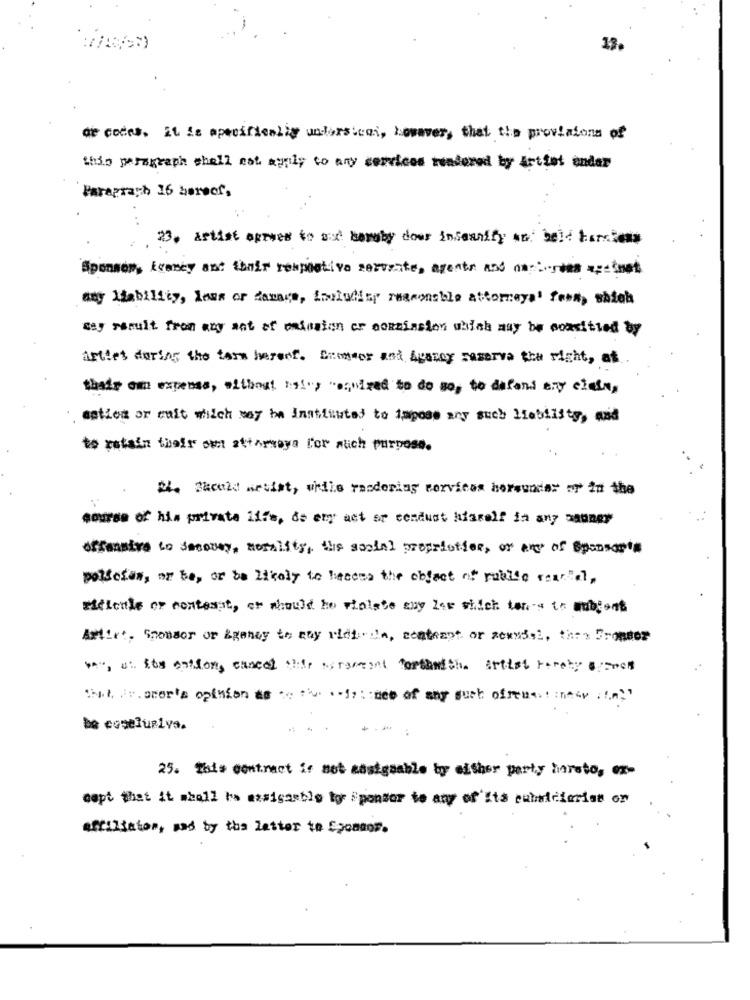
13.
de codes. it is specifically undersical, however, that the provisions of
this paragraph shall not apply to any services rendered by Artist under
Paragraph 16 hereof,
23. artist ourves to su baraby down insanity an bele Farebers
Sponsor, keeney ant their respective servente, agents and nordea apcfast
any liability, loss or damage, ioululiny reasonable attorneya' fenn, shieh
may result from any ant of omission er ookainsion which may be consified by
Artles during the term harenf. Grenser and Agancy reserva the right, at
their own expense, without is!"> "required to do so, to dafond ary clain,
astion or cuit which may be Instituted to impose any such liability, and
to retain their samt attormaya l'or auch purpose.
24. Steakd netist, while rendering services horsundar or in the
course of his private life, do any act se conduct hisralf in any manner
offensive to Seeover, Nosality, the social propriotion, or any of Sponsor's
policiew, or be, or be Likely to become the object of public cearal,
ridicule or contesst, or should he violate any ler which ten-a to ubjons
Aslikt, Sponsor or Agency to may vidli-de, contempt or sexual, they Gronder
VA", u: it's antion, cancel the seraset forthwith. artist hereby s wet
that Av .omer's opinion as ': me of any such ofrenes : : nym
be coselusiva.
25. this contract ir not aostgaable to either party hereto, ex-
cept that it shall he assignable to ponder to any of its cubricierist or
affiliator, sad by the letter to Eponaor.